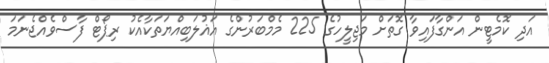
އަދި ކޮމެޓީން އަންގާފައިވާ ގޮތަށް މަޖިލީހުގެ 225 މެމްބަރުންގެ އަޣުލަބިއްޔަތަކާއެކު ރިޕޯޓް ފާސްވެއްޖެނަމަ